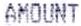
AMOUNT